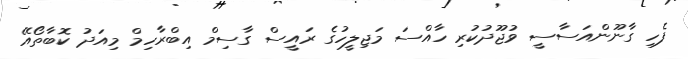
ފެހި ގާނޫންއަސާސީ ވުޖޫދުކުރި ހާއްސަ މަޖިލީހުގެ ރައީސް ގާސިމް އިބްރާހިމް މިއަދު ކޮބާތޯއޭ